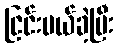
ငြင်းပယ်ခဲ့ပြီး